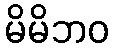
မိမိဘဝ